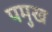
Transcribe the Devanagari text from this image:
पमुख